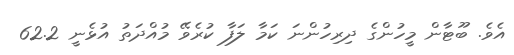
އެވެ. ބޫޓާން މީހުންގެ ދިރިހުންނަ ކަމާ ލަފާ ކުރެވޭ މުއްދަތު އުޅެނީ 62.2